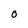
Character: 0